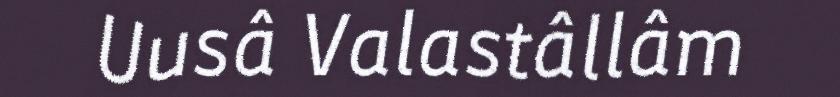
Uusâ Valastâllâm